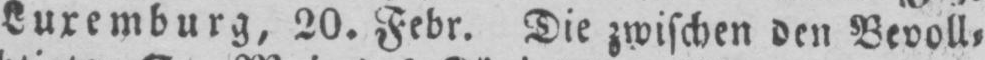
Luxemburg, 20. Febr. Die zwischen den Bevoll⸗